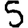
Digit: 5